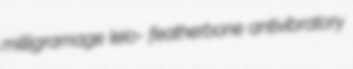
milligramage leio- featherbone antivibratory